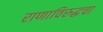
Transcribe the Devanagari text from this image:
राणाविरुद्धचा